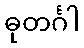
ဓုတင်္ဂါ